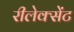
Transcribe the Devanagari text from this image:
रीलेक्सेंट